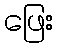
ဖြေး